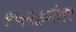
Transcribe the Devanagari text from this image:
१५२३नंतर